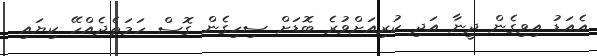
އެއަޑު އިވިގެން ދީނާ އަދި ކުރިއަށްވުރެ ބޮޑަށް ސިހިގެން ގޮސް ހަމަތެދެއްހޭ ކިޔައި